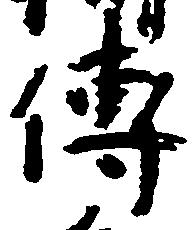
伝